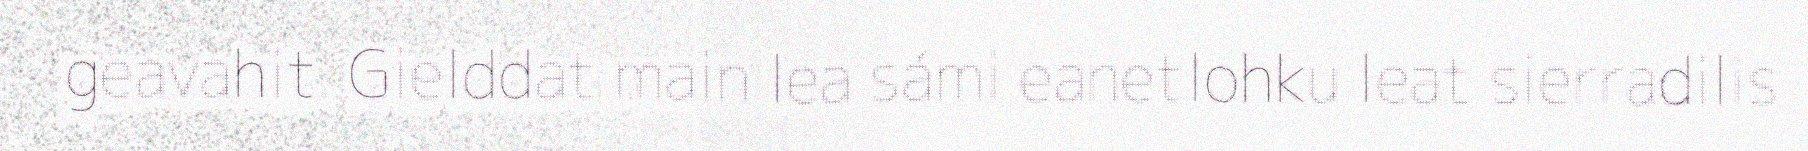
geavahit. Gielddat main lea sámi eanetlohku leat sierradilis